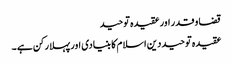
قضا و قدر اور عقیدہ توحید
عقیدہ توحید دین اسلام کا بنیادی اور پہلا رکن ہے ۔